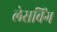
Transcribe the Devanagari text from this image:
लेसविंग